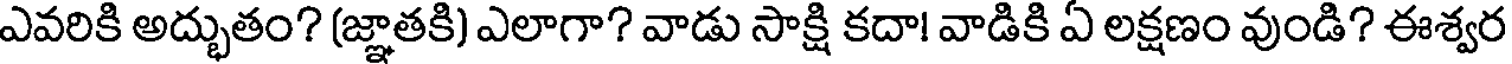
ఎవరికి అద్భుతం? (జ్ఞాతకి) ఎలాగా? వాడు సాక్షి కదా! వాడికి ఏ లక్షణం వుండి? ఈశ్వర